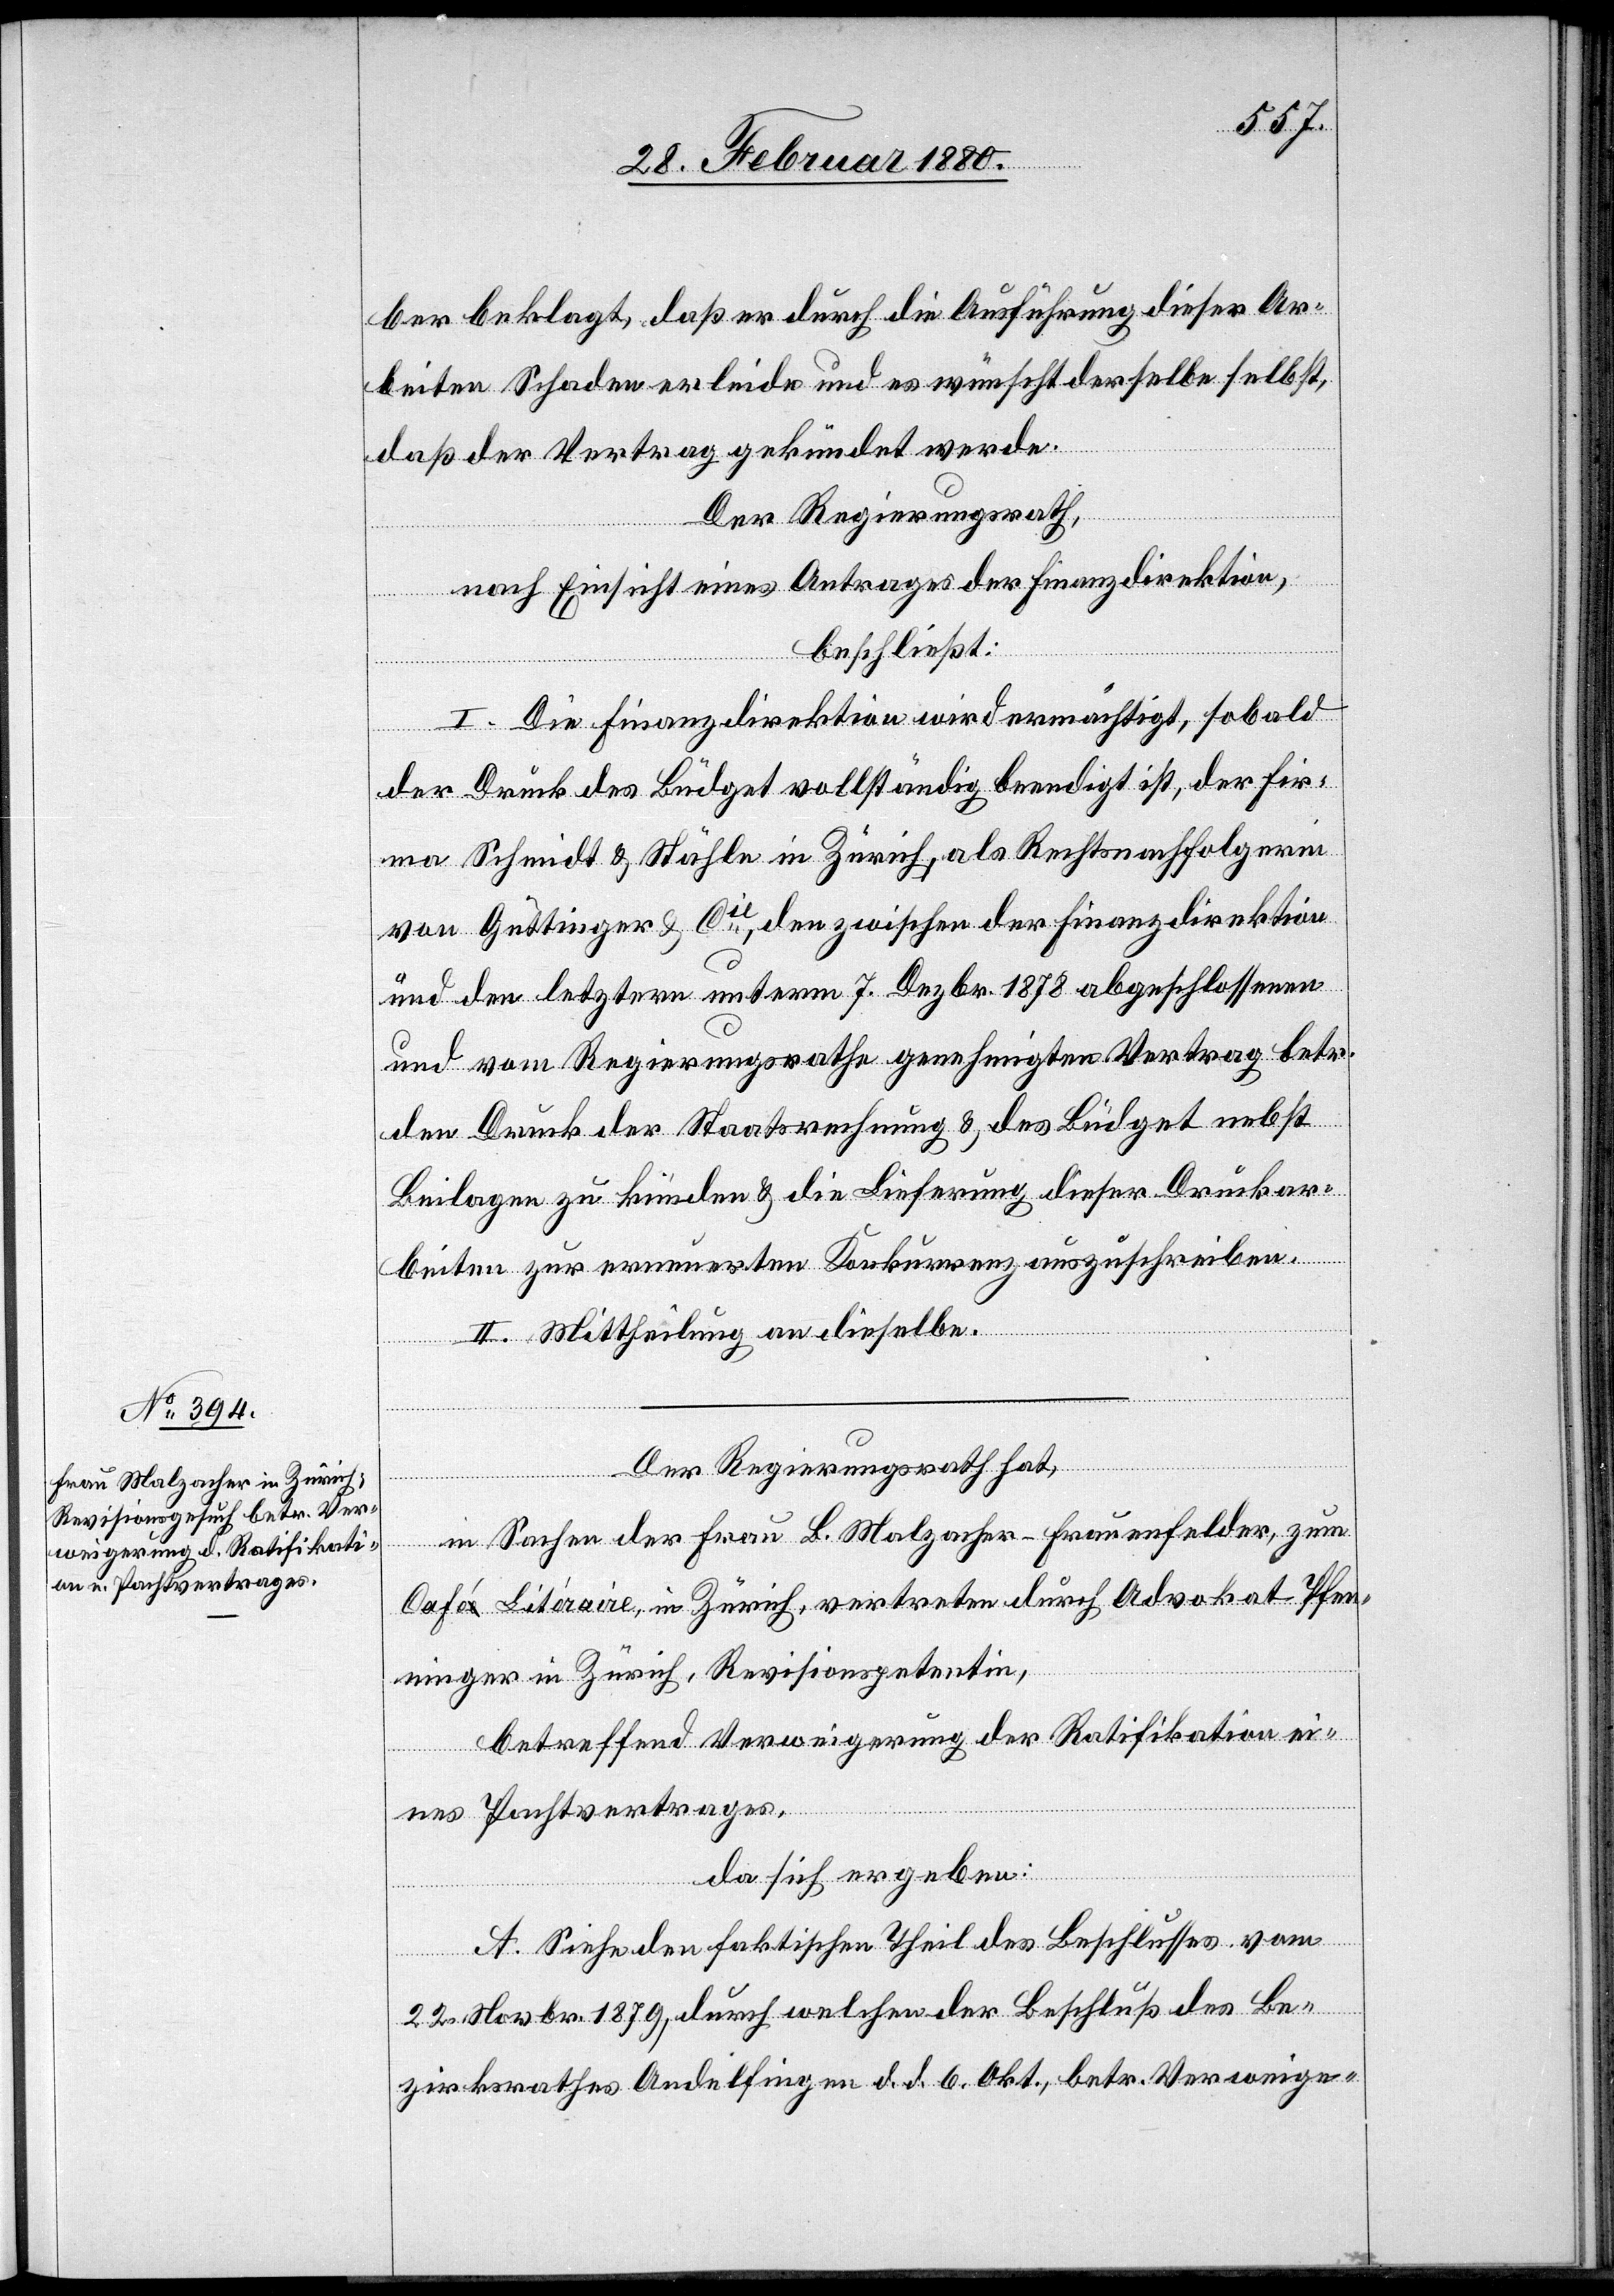
ber beklagt, daß er durch die Ausführung dieser Ar¬
beiten Schaden erleide und es wünscht derselbe selbst,
daß der Vertrag gekündet werde.
Der Regierungsrath,
nach Einsicht eines Antrages der Finanzdirektion,
beschließt:
I. Die Finanzdirektion wird ermächtigt, sobald
der Druck des Büdget vollständig beendigt ist, der Fir¬
ma Schmidt & Stähle in Zürich, als Rechtsnachfolger
von Güttinger & Cie, den zwischen der Finanzdirektion
und den letztern unterm 7. Dezbr. 1878 abgeschlossenen
und vom Regierungsrathe genehmigten Vertrag betr.
den Druck der Staatsrechnung & des Büdget nebst
Beilagen zu künden & die Lieferung dieser Druckar¬
beiten zur erneuerten Konkurrenz auszuschreiben.
II. Mittheilung an dieselbe.
Der Regierungsrath hat,
in Sachen der Frau B. Malzacher-Frauenfelder, zum
Café Litéraire, in Zürich, vertreten durch Advokat Pfen¬
ninger in Zürich, Revisionspetentin,
betreffend Verweigerung der Ratifikation ei¬
nes Pachtvertrages,
da sich ergeben:
A. Siehe den faktischen Theil des Beschlusses vom
22. Novbr. 1879, durch welchen der Beschluß des Be¬
zirksrathes Andelfingen d. d. 6. Okt., betr. Verweige-